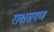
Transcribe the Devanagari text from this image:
राक्षसगण